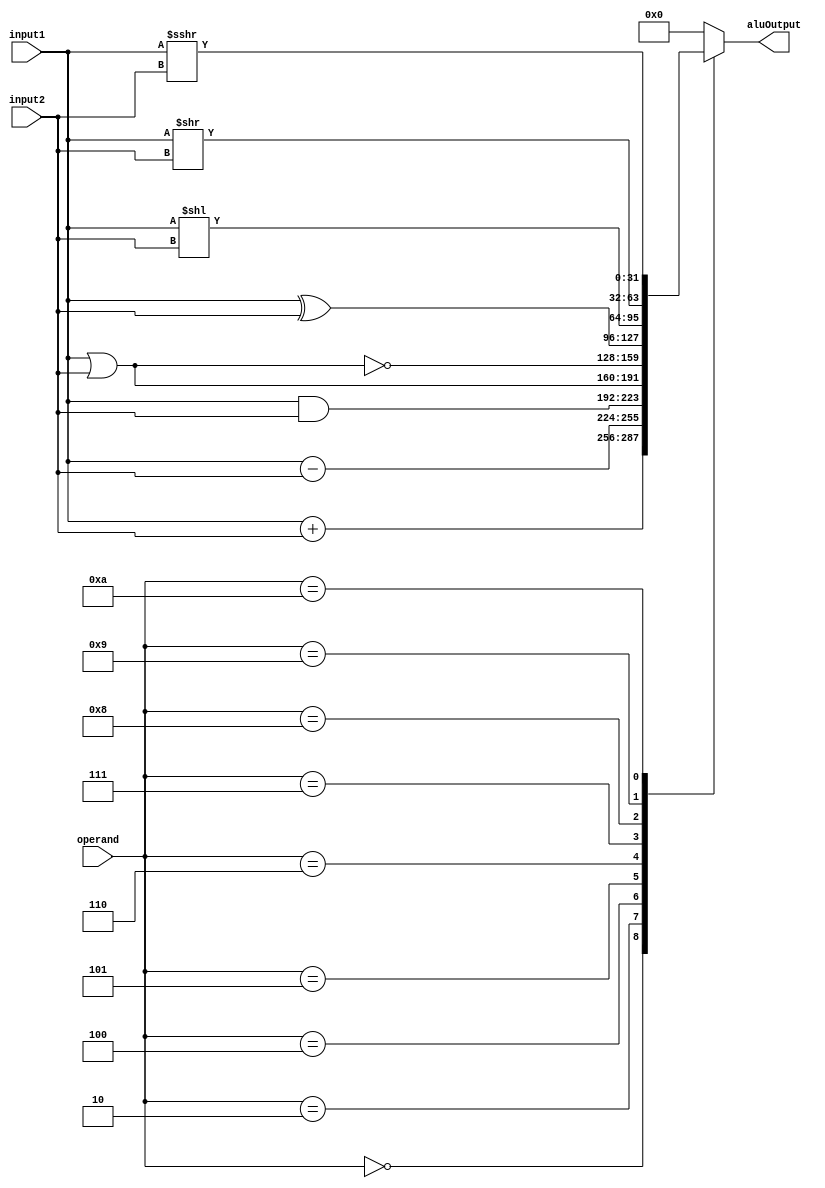
module alu (input1, input2, operand, aluOutput);
  input [31:0] input1, input2;
  input [3:0] operand;
  output reg [31:0] aluOutput;

  always @ ( * ) begin
    case (operand)
      4'b0000: aluOutput <= input1 + input2;
      4'b0010: aluOutput <= input1 - input2;
      4'b0100: aluOutput <= input1 & input2;
      4'b0101: aluOutput <= input1 | input2;
      4'b0110: aluOutput <= ~(input1 | input2);
      4'b0111: aluOutput <= input1 ^ input2;
      4'b1000: aluOutput <= input1 << input2;
      4'b1000: aluOutput <= input1 <<< input2;
      4'b1001: aluOutput <= input1 >> input2;
      4'b1010: aluOutput <= input1 >>> input2;
      default: aluOutput <= 0;
    endcase
  end
endmodule